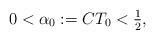
LaTeX: \begin{align*}0<\alpha_{0}:=CT_{0}<\tfrac{1}{2},\end{align*}